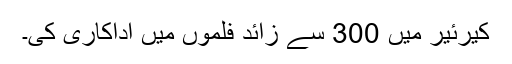
کیرئیر میں 300 سے زائد فلموں میں اداکاری کی۔